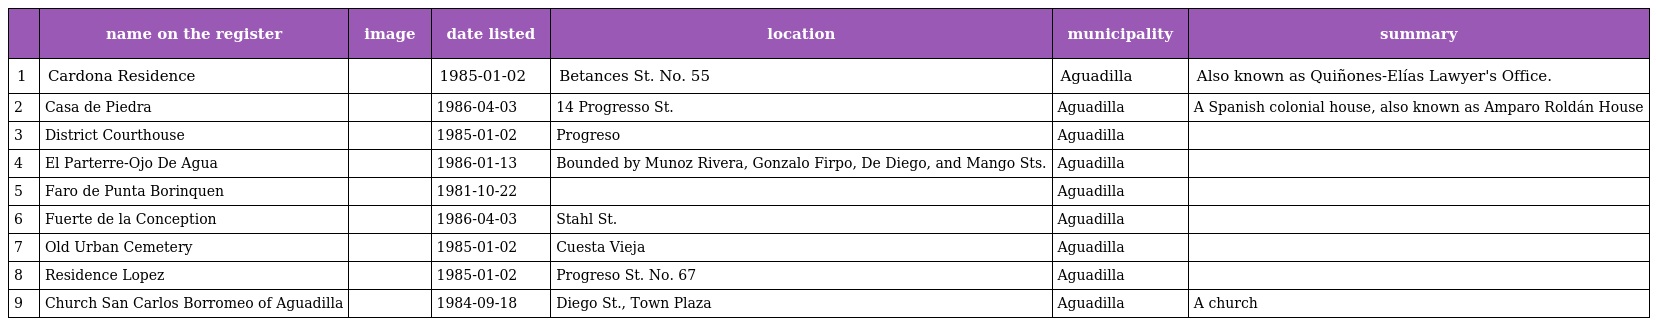
|  | name on the register | image | date listed | location | municipality | summary |
 | --- | --- | --- | --- | --- | --- | --- |
 | 1 | Cardona Residence |  | 1985-01-02 | Betances St. No. 55 | Aguadilla | Also known as Quiñones-Elías Lawyer's Office. |
 | 2 | Casa de Piedra |  | 1986-04-03 | 14 Progresso St. | Aguadilla | A Spanish colonial house, also known as Amparo Roldán House |
 | 3 | District Courthouse |  | 1985-01-02 | Progreso | Aguadilla |  |
 | 4 | El Parterre-Ojo De Agua |  | 1986-01-13 | Bounded by Munoz Rivera, Gonzalo Firpo, De Diego, and Mango Sts. | Aguadilla |  |
 | 5 | Faro de Punta Borinquen |  | 1981-10-22 |  | Aguadilla |  |
 | 6 | Fuerte de la Conception |  | 1986-04-03 | Stahl St. | Aguadilla |  |
 | 7 | Old Urban Cemetery |  | 1985-01-02 | Cuesta Vieja | Aguadilla |  |
 | 8 | Residence Lopez |  | 1985-01-02 | Progreso St. No. 67 | Aguadilla |  |
 | 9 | Church San Carlos Borromeo of Aguadilla |  | 1984-09-18 | Diego St., Town Plaza | Aguadilla | A church |